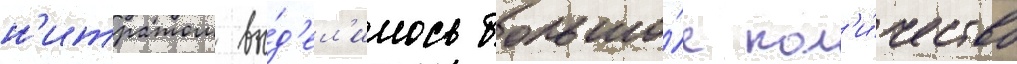
н'итратом вы́д'ел'илось большо́е кол'и́чество